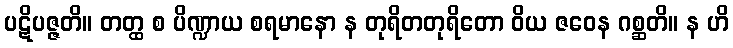
ပဋိပဇ္ဇတိ။ တတ္ထ စ ပိဏ္ဍာယ စရမာနော န တုရိတတုရိတော ဝိယ ဇဝေန ဂစ္ဆတိ။ န ဟိ